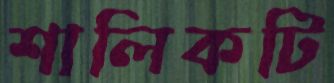
শালিকটি